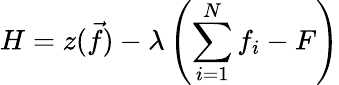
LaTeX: H=z(\vec{f})-\lambda\left(\sum_{i=1}^{N}f_{i}-F\right)